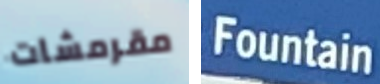
مقرمشات Fountain